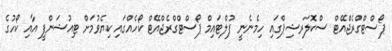
ޕޯސްޓްގްރެޖްއޭޓް ސްކޮލަރޝިޕްގައި ހިމެނެނީ ފުލްޓައިމް ޕޯސްޓްގްރެޖްއޭޓް ކޯހެއްގައި ކިޔެވުމަށް ޓިއުޝަންފީ އާއި ކޯހުގެ